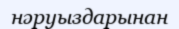
нәруыздарынан